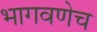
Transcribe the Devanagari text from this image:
भागवणेच